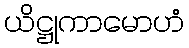
ယိဋ္ဌုကာမောဟံ